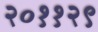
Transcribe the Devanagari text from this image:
२०११२९